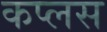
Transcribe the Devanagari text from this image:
कप्लस